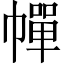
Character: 幝